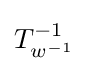
T_{w^{-1}}^{-1}